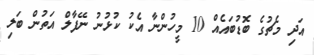
އަދި މެޗުގެ ބޮޑުބައެއް 10 މީހުންނާ އެކު ކުޅުނު ނޭފާލް އަތުން ބަލި